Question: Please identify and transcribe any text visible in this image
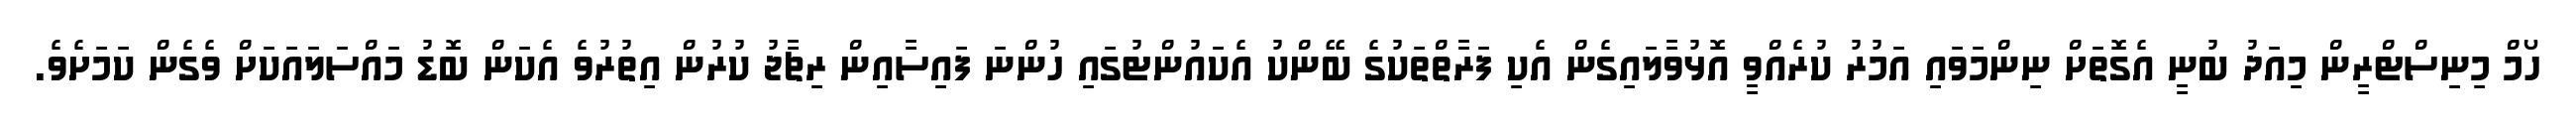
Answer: ހޯމް މިނިސްޓްރީން މިއަދު ބުނީ އެގޮތަށް ނިންމަވައި އަމުރު ކުރެއްވީ އޮޅުވާލައިގެން އެކި ފަރާތްތަކުގެ ބޭންކު އެކައުންޓުގައި ހުންނަ ފައިސާއިން ރިޗާޖު ކުރުން އިތުރުވެ އެކަން ބޮޑު މައްސަލައަކަށް ވެގެން ކަމަށެވެ.